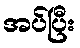
အပ်ပြီး